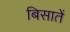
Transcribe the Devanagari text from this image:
बिसातें